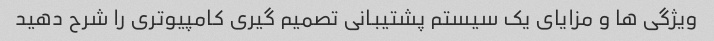
ویژگی ها و مزایای یک سیستم پشتیبانی تصمیم گیری کامپیوتری را شرح دهید